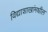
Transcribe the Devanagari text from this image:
विद्याशाखांमधील